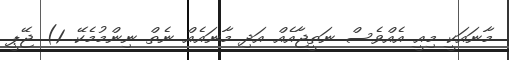
މާނައަކީ މިއީ އެއްވެސް ނަތީޖާއެއް އަދި މާނައެއް ނެތް ނިންމުމެކޭ. 1) ޖޭޕީ